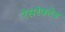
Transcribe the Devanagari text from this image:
रेसरेक्टेड